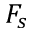
F _ { s }